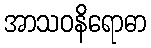
အာသဝနိရောဓာ